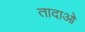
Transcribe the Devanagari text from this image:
तादाओ